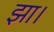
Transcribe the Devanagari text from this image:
झा।